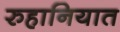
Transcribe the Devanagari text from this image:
रुहानियात